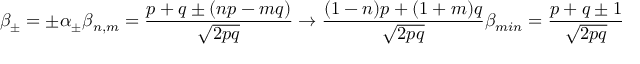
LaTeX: \beta _ { \pm } = \pm \alpha _ { \pm } \beta _ { n , m } = { \frac { p + q \pm ( n p - m q ) } { \sqrt { 2 p q } } } \rightarrow { \frac { ( 1 - n ) p + ( 1 + m ) q } { \sqrt { 2 p q } } } \beta _ { m i n } = { \frac { p + q \pm 1 } { \sqrt { 2 p q } } }